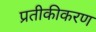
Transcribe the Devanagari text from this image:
प्रतीकीकरण